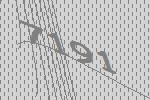
7191